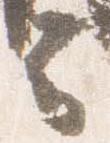
云